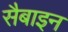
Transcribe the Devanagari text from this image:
सैबाइन